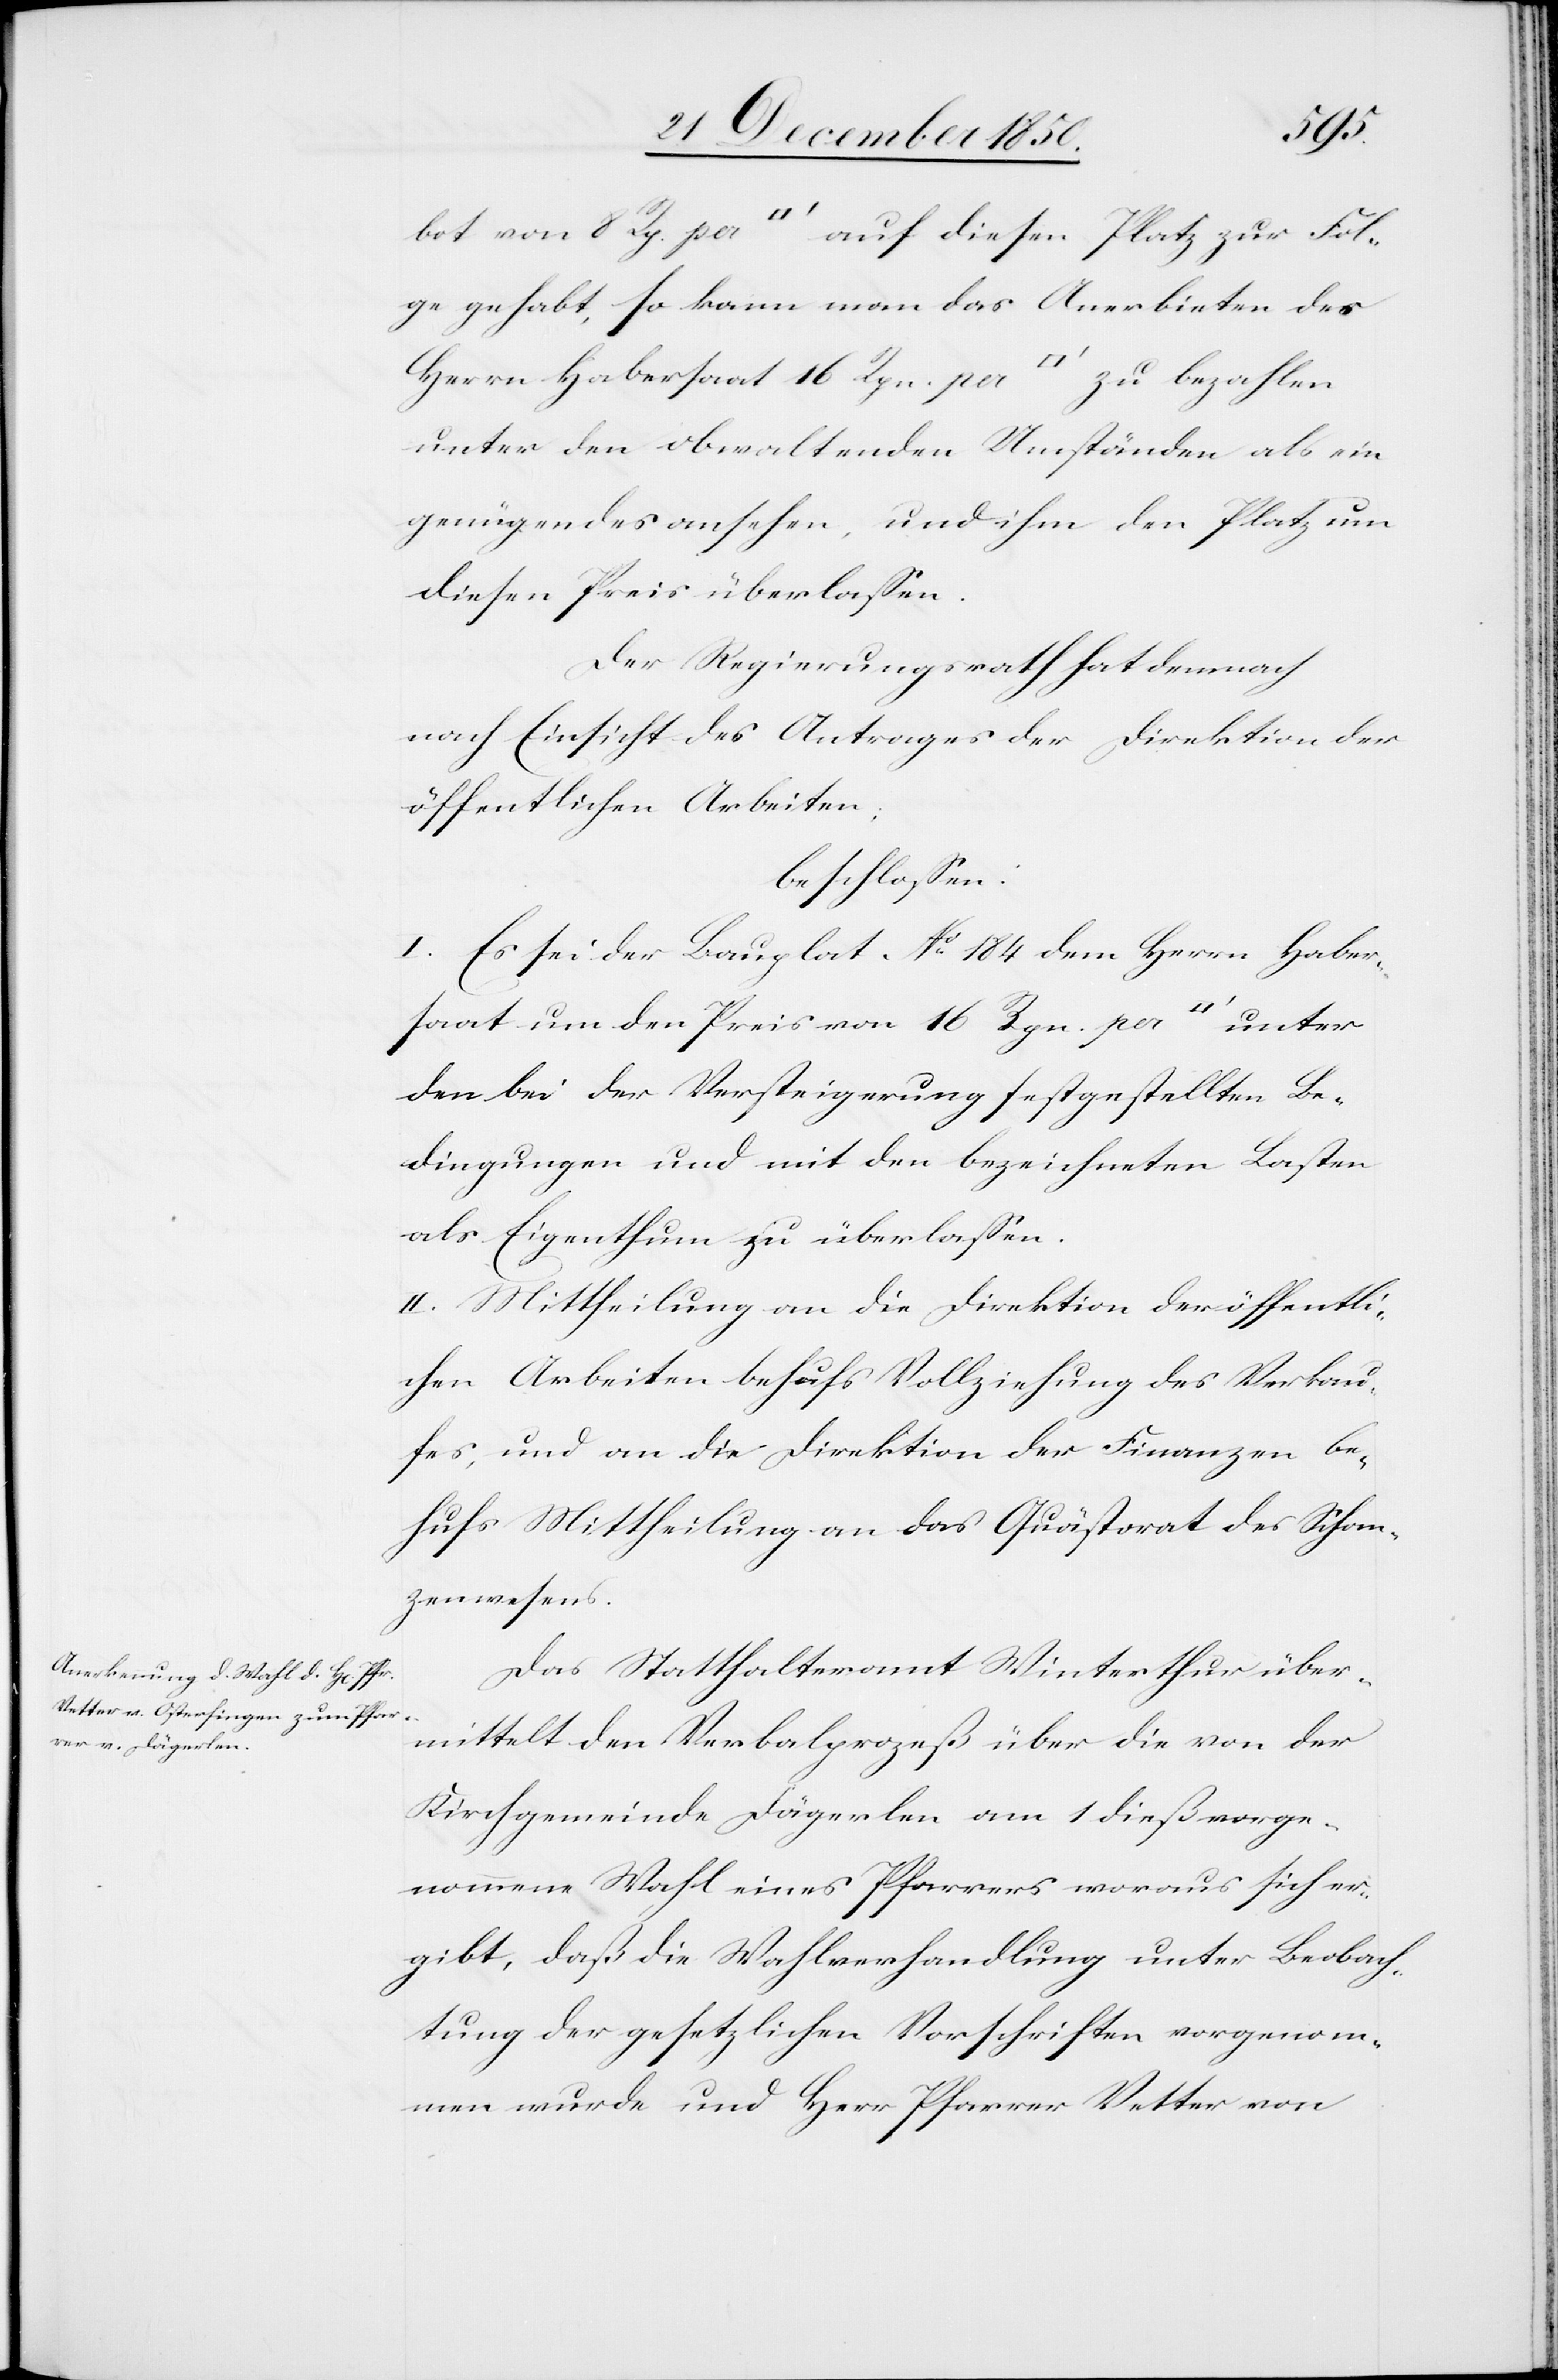
bot von 8 Rp. per [Quadratfuss] auf diesen Platz zur Fol¬
ge gehabt, so kann man das Anerbieten des
Herrn Habersaat 16 Rpn. per [Quadratfuss] zu bezahlen
unter den obwaltenden Umständen als ein
genügendes ansehen, und ihm den Platz um
diesen Preis überlassen.
Der Regierungsrath hat demnach
nach Einsicht eines Antrages der Direktion der
öffentlichen Arbeiten;
beschlossen:
I. Es sei der Bauplat[z] No 184 dem Herrn Haber¬
saat um den Preis von 16 Rpn. per
den bei der Versteigerung festgestellten Be¬
dingungen und mit den bezeichneten Lasten
als Eigenthum zu überlassen.
II. Mittheilung an die Direktion der öffentli¬
chen Arbeiten behufs Vollziehung des Verkau¬
fes, und an die Direktion der Finanzen be¬
hufs Mittheilung an das Quästorat des Schan¬
zenwesens.
Das Statthalteramt Winterthur über¬
mittelt den Verbalprozeß über die von der
Kirchgemeinde Dägerlen am 1 dieß vorge¬
nommene Wahl eines Pfarrers woraus sich er¬
gibt, daß die Wahlverhandlung unter Beobach¬
tung der gesetzlichen Vorschriften vorgenom¬
men wurde und Herr Pfarrer Vetter von